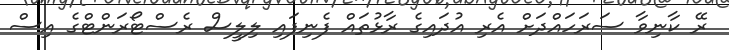
ރޭ ކާނިވާ ސަރަހައްދަށް އެރި އުދައިގެ ރާޅުތައް ފެނިފައި ލިލީސް ރެސްޓޯރަންޓްގެ އިސް